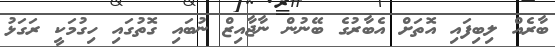
ބާރެއް ލިބިފައި އޮތަށް އެބާރުގެ ބޭނުން ނާޖާއިޒް ނުބައި ގޮތުގައި ހިގުމަކީ ރަގަޅު